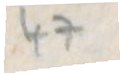
47